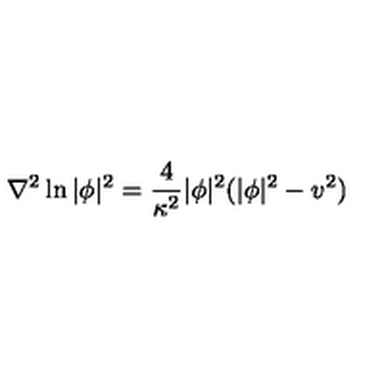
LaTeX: \nabla ^ { 2 } \ln | \phi | ^ { 2 } = \frac { 4 } { \kappa ^ { 2 } } | \phi | ^ { 2 } ( | \phi | ^ { 2 } - v ^ { 2 } )